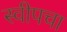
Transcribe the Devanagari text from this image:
स्वीपचा